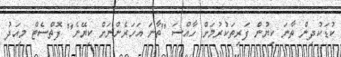
ކުޑަކުދިން ތާނަ ކިޔުން ފަރިތަކުރުމަށް ހާއްސަ "ތާނަ އަހަރެންނަށް ކިޔޭނެ" ފޮތްސެޓް މިއަދު